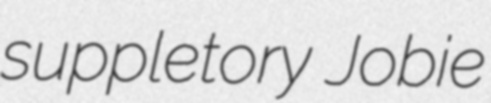
suppletory Jobie